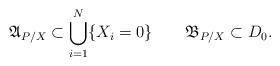
LaTeX: \begin{align*}\mathfrak A_{P/X}\subset\bigcup_{i=1}^N\{X_i=0\}\quad\quad\mathfrak B_{P/X}\subset D_0.\end{align*}